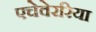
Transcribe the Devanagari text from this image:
एचेवेररिया